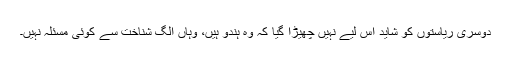
دوسری ریاستوں کو شاید اس لیے نہیں چھیڑا گیا کہ وہ ہندو ہیں، وہاں الگ شناخت سے کوئی مسئلہ نہیں۔